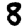
Digit: 8